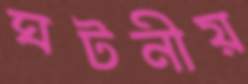
ঘটনীয়